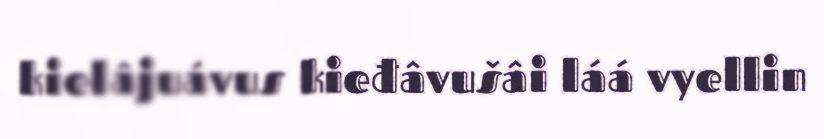
kielâjuávus kieđâvušâi láá vyellin